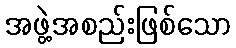
အဖွဲ့အစည်းဖြစ်သော